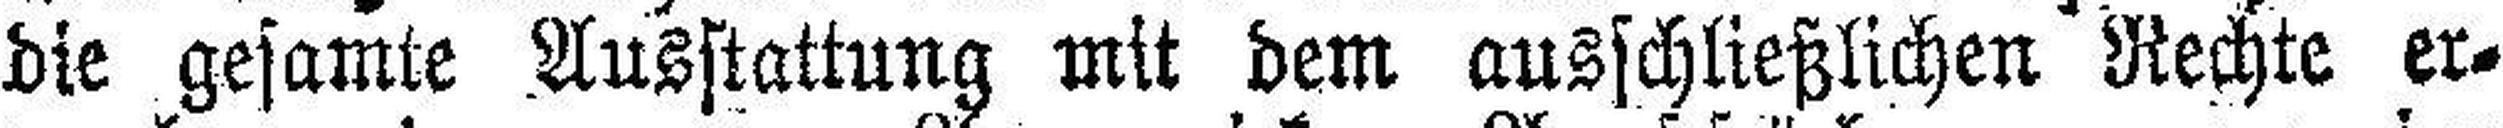
die gesamte Ausstattung mit dem ausschließlichen Rechte er¬